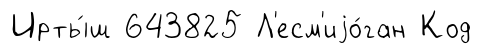
Ирты́ш 643825 Л'есм'иjо́ган Код